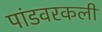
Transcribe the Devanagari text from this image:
पांडवरकली